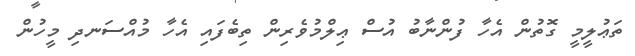
ތަޢުލީމީ ގޮތުން އެހާ ފުންނާބު އުސް ޢިލްމުވެރިން ތިބެފައި އެހާ މުއްސަނދި މީހުން